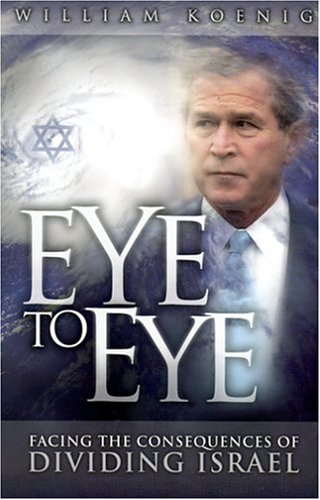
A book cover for Eye to Eye: Facing the Consequences of Dividing Israel; William R. Koenig; Law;